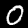
Label: 0